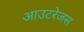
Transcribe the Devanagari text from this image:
आउटरेजस